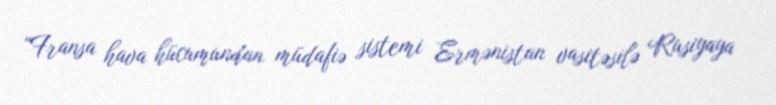
“Fransa hava hücumundan müdafiə sistemi Ermənistan vasitəsilə Rusiyaya